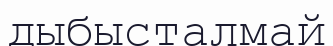
дыбысталмай